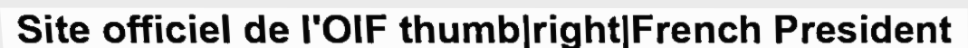
Site officiel de l'OIF thumb|right|French President